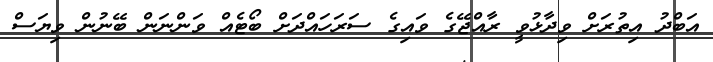
އަބްދު އިތުރަށް ވިދާޅުވީ ރާއްޖޭގެ ވައިގެ ސަރަހައްދަށް ބޯޓެއް ވަންނަން ބޭނުން ވިޔަސް